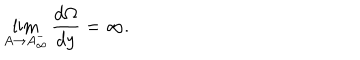
LaTeX: \lim _ { A \rightarrow A _ { \infty } ^ { - } } \frac { d \Omega } { d y } = \infty .